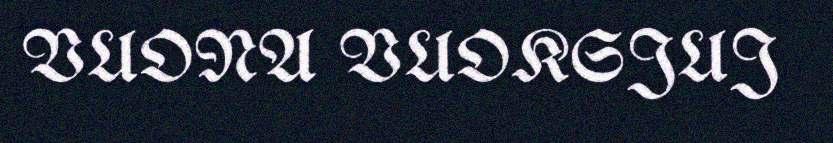
VUONA VUOKSJUJ